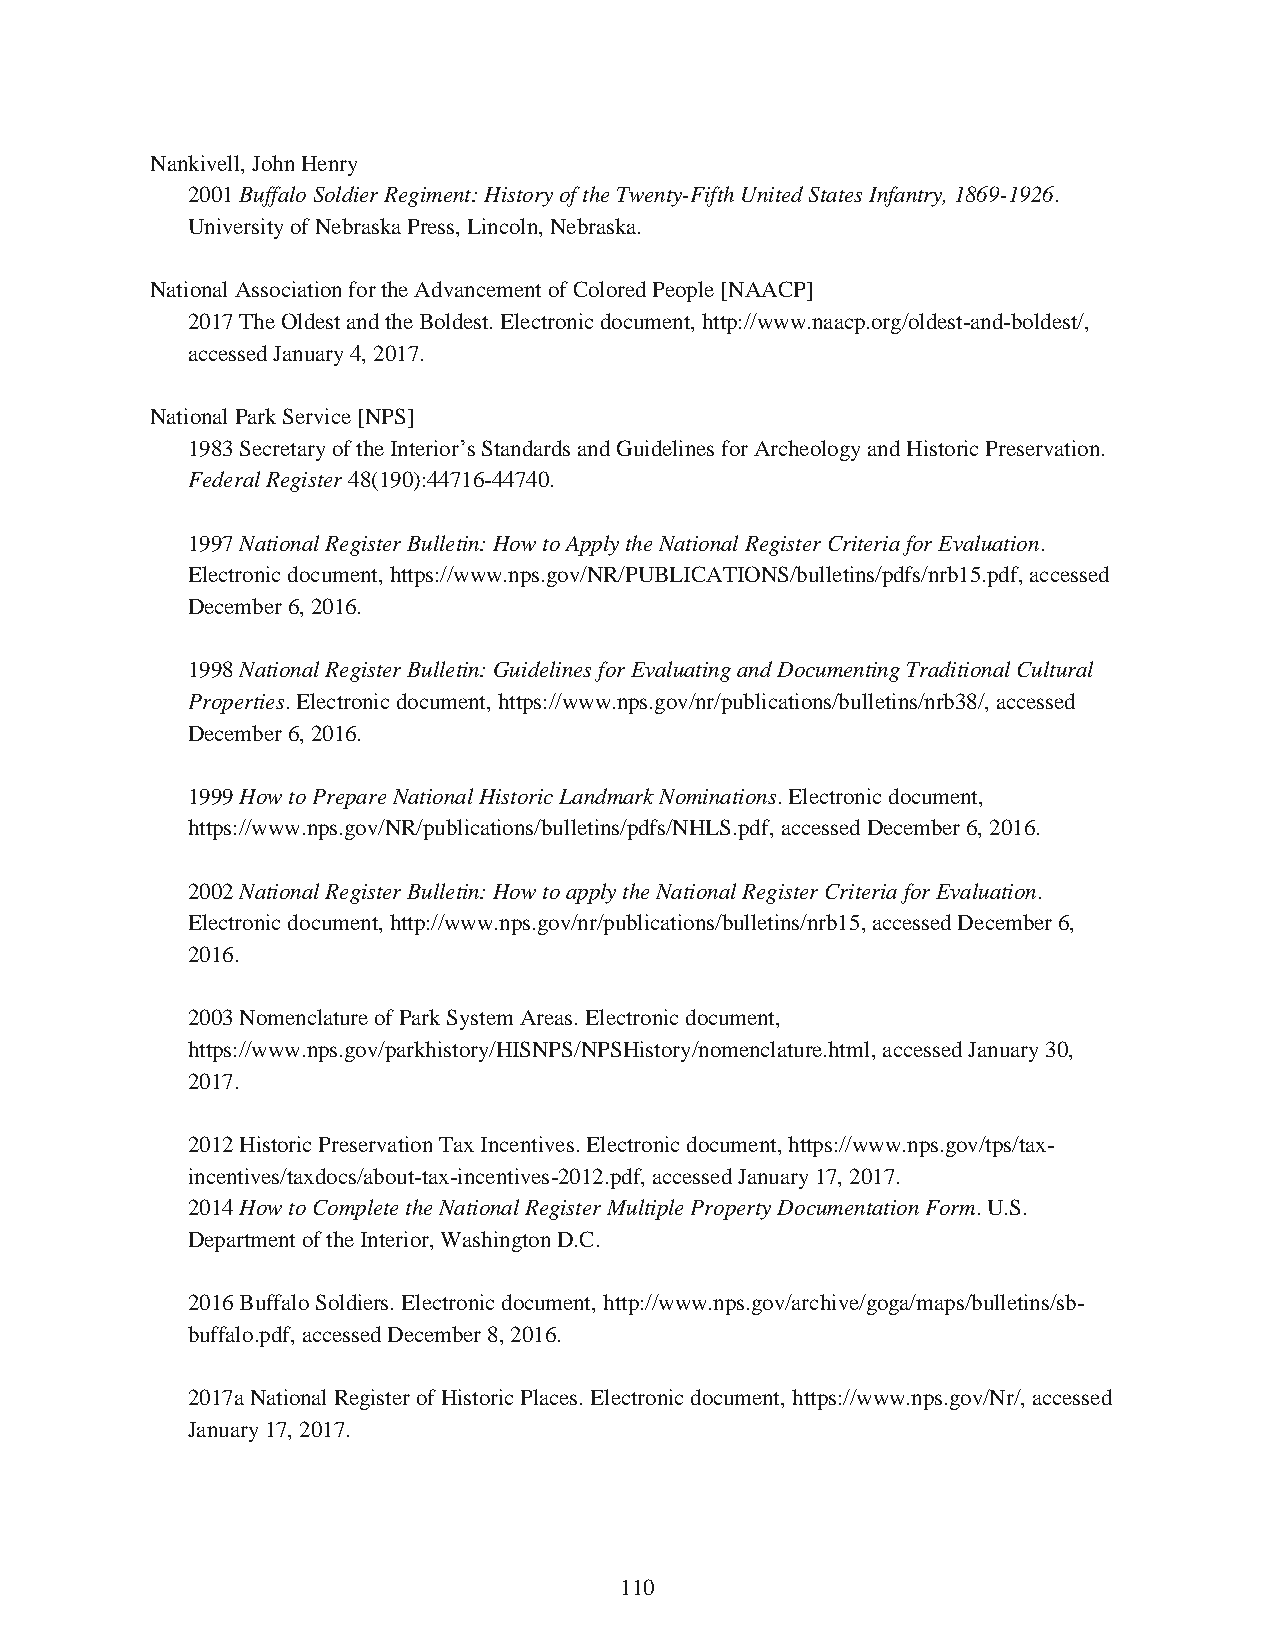
Nankivell, John Henry
 2001 Buffalo Soldier Regiment: History of the Twenty-Fifth United States Infantry, 1869-1926.
 University of Nebraska Press, Lincoln, Nebraska.
 National Association for the Advancement of Colored People [NAACP]
 2017 The Oldest and the Boldest. Electronic document, http://www.naacp.org/oldest-and-boldest/,
 accessed January 4, 2017.
 National Park Service [NPS]
 1983 Secretary of the Interior’s Standards and Guidelines for Archeology and Historic Preservation.
 Federal Register 48(190):44716-44740.
 1997 National Register Bulletin: How to Apply the National Register Criteria for Evaluation.
 Electronic document, https://www.nps.gov/NR/PUBLICATIONS/bulletins/pdfs/nrb15.pdf, accessed
 December 6, 2016.
 1998 National Register Bulletin: Guidelines for Evaluating and Documenting Traditional Cultural
 Properties. Electronic document, https://www.nps.gov/nr/publications/bulletins/nrb38/, accessed
 December 6, 2016.
 1999 How to Prepare National Historic Landmark Nominations. Electronic document,
 https://www.nps.gov/NR/publications/bulletins/pdfs/NHLS.pdf, accessed December 6, 2016.
 2002 National Register Bulletin: How to apply the National Register Criteria for Evaluation.
 Electronic document, http://www.nps.gov/nr/publications/bulletins/nrb15, accessed December 6,
 2016.
 2003 Nomenclature of Park System Areas. Electronic document,
 https://www.nps.gov/parkhistory/HISNPS/NPSHistory/nomenclature.html, accessed January 30,
 2017.
 2012 Historic Preservation Tax Incentives. Electronic document, https://www.nps.gov/tps/tax-
 incentives/taxdocs/about-tax-incentives-2012.pdf, accessed January 17, 2017.
 2014 How to Complete the National Register Multiple Property Documentation Form. U.S.
 Department of the Interior, Washington D.C.
 2016 Buffalo Soldiers. Electronic document, http://www.nps.gov/archive/goga/maps/bulletins/sb-
 buffalo.pdf, accessed December 8, 2016.
 2017a National Register of Historic Places. Electronic document, https://www.nps.gov/Nr/, accessed
 January 17, 2017.
 110